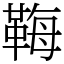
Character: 𩊱